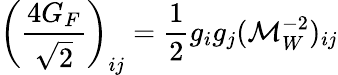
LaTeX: \left({\frac{4G_{F}}{\sqrt 2}}\right)_{ij}={\frac{1}{2}}g_{i}g_{j}({\cal M}_{W}^{-2})_{ij}